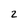
Character: 2